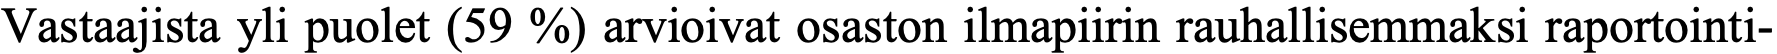
Vastaajista yli puolet (59 %) arvioivat osaston ilmapiirin rauhallisemmaksi raportointi-